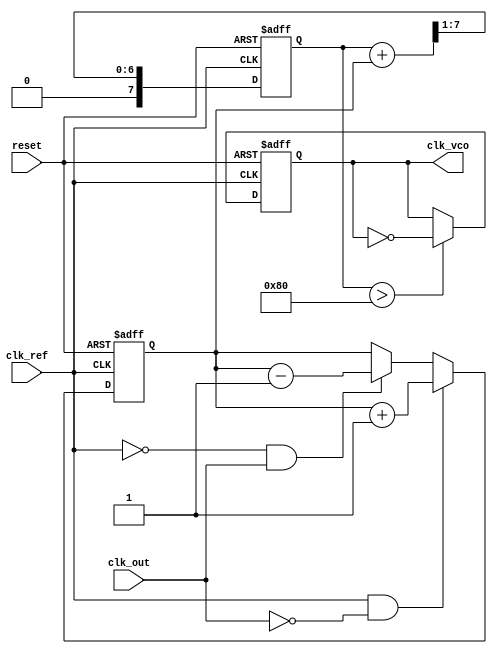
module PLL (
    input wire clk_ref,         // Reference clock input
    input wire clk_out,         // Output clock from VCO
    input wire reset,           // Reset signal
    output reg clk_vco          // Output clock signal from VCO
);

    // Parameters
    parameter PHASE_ERROR_WIDTH = 8; // Width of phase error signal
    parameter MEMORY_SIZE = 16;        // Size of memory for phase errors

    // Internal signals
    reg [PHASE_ERROR_WIDTH-1:0] phase_error; // Phase error signal
    reg [PHASE_ERROR_WIDTH-1:0] control_voltage; // Control voltage for VCO
    reg [PHASE_ERROR_WIDTH-1:0] memory [0:MEMORY_SIZE-1]; // Memory for phase errors
    integer mem_ptr; // Pointer for memory access

    // Phase Detector (PD)
    always @(posedge clk_ref or posedge reset) begin
        if (reset) begin
            phase_error <= 0;
        end else begin
            // Simple phase detection logic (high-level example)
            if (clk_ref && !clk_out) begin
                phase_error <= phase_error + 1; // Increment error if reference clock leads
            end else if (!clk_ref && clk_out) begin
                phase_error <= phase_error - 1; // Decrement error if output clock leads
            end
        end
    end

    // Loop Filter (LF)
    always @(posedge clk_ref or posedge reset) begin
        if (reset) begin
            control_voltage <= 0;
        end else begin
            // Simple low-pass filter implementation
            control_voltage <= (control_voltage + phase_error) >> 1; // Averaging
        end
    end

    // Voltage-Controlled Oscillator (VCO)
    always @(posedge clk_ref or posedge reset) begin
        if (reset) begin
            clk_vco <= 0;
        end else begin
            // VCO frequency control based on control voltage
            if (control_voltage > 128) begin
                clk_vco <= ~clk_vco; // Toggle output clock
            end
        end
    end

    // Memory Block for Phase Errors
    always @(posedge clk_ref or posedge reset) begin
        if (reset) begin
            mem_ptr <= 0;
        end else begin
            // Store phase error in memory
            memory[mem_ptr] <= phase_error;
            mem_ptr <= (mem_ptr + 1) % MEMORY_SIZE; // Circular buffer
        end
    end

endmodule